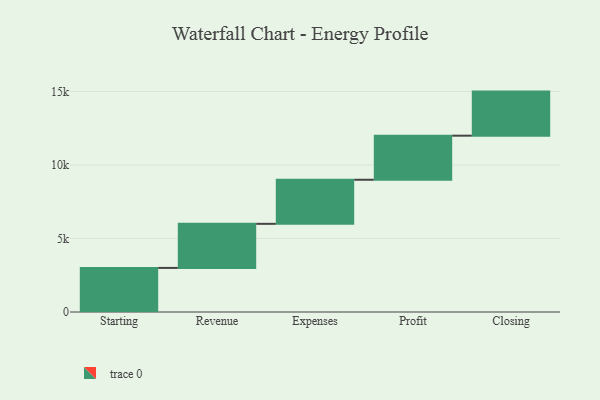
{"axis": {"x": "Step", "y": "Value"}, "legend": [""], "data": [{"x": "Starting", "y": 3000, "type": ""}, {"x": "Revenue", "y": 3000, "type": ""}, {"x": "Expenses", "y": 3000, "type": ""}, {"x": "Profit", "y": 3000, "type": ""}, {"x": "Closing", "y": 3000, "type": ""}]}